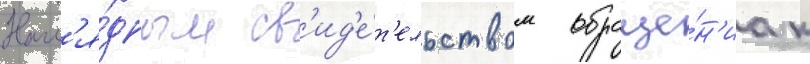
Нагл'я́дным св'ид'е́т'ельством обраще́н'иа к